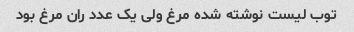
توب لیست نوشته شده مرغ ولی یک عدد ران مرغ بود